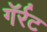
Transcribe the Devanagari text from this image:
गॅर्रट